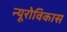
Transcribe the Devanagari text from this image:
न्यूरोविकास